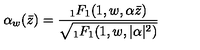
\alpha _ { w } ( \bar { z } ) = \frac { { } _ { 1 } F _ { 1 } ( 1 , w , \alpha \bar { z } ) } { \sqrt { { } _ { 1 } F _ { 1 } ( 1 , w , \vert \alpha \vert ^ { 2 } ) } }